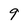
Character: 9